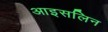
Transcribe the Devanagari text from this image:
आइसलिन